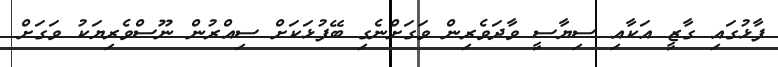
ފާޅުގައި ގާޒީ އަކާއި ސިޔާސީ ވާދަވެރިން ވަގަށްނެގި ބޭފުޅަކަށް ސިއްރުން ނޫސްވެރިޔަކު ވަގަށް